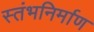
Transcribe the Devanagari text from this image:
स्तंभनिर्माण